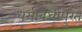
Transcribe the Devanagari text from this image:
धर्मविधींपुरते